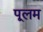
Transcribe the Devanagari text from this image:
पूलम